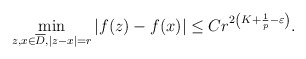
\begin{align*}\min_{z,x \in \overline{D}, |z-x|=r} |f(z)-f(x)| \leq Cr^{2\left(K+\frac{1}{p} - \varepsilon\right)}.\end{align*}